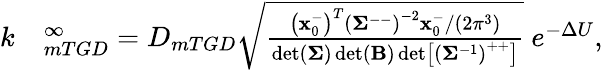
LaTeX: \begin{array}{rl}{k}&{{}^\infty_{mTGD}=D_{mTGD}\sqrt{\frac{\left(\mathbf{x}_{0}^{-}\right)^{T}\left(\mathbf{\Sigma}^{--}\right)^{-2}\mathbf{x}_{0}^{-}/(2\pi^{3})}{\operatorname*{det}(\mathbf{\Sigma})\operatorname*{det}(\mathbf{B})\operatorname*{det}\left[\left({\mathbf{\Sigma}}^{-1}\right)^{++}\right]}}\ e^{-\Delta U},}\end{array}